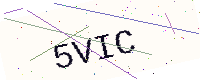
Text: 5VIC